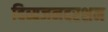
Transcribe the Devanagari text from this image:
दिव्यजनदरशन